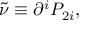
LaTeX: \tilde { \nu } \equiv \partial ^ { i } { \cal P } _ { 2 i } ,